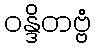
ဝန္ဒိတဗ္ဗံ